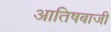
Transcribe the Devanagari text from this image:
आतिषबाजी